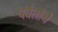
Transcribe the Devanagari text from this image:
पर्वतांचे